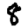
Digit: 8